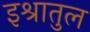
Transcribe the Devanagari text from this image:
इश्रातुल